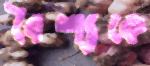
বৈশ্যকে